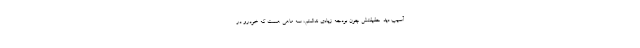
آسیب دید. حقیقتش چون بودجه زیادی نداشتم، سه ماهی هست که خودرو در